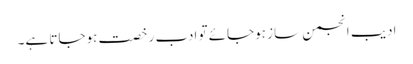
ادیب انجمن ساز ہوجائے تو ادب رخصت ہوجاتا ہے۔